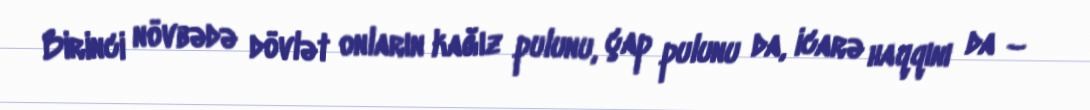
Birinci növbədə dövlət onların kağız pulunu, çap pulunu da, icarə haqqını da –